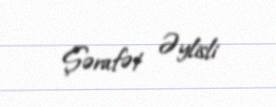
Şərafət Əylisli